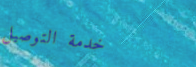
خدمة التوصيل